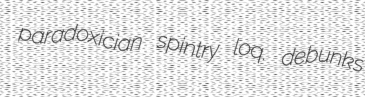
paradoxician spintry loq. debunks